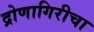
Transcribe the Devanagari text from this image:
द्रोणागिरीचा